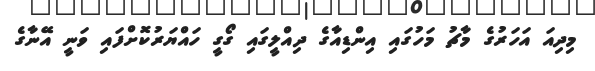
މިދިއަ އަހަރުގެ މާޗު މަހުގައި އިންޑިއާގެ ދިއްލީގައި ގޯގީ ހައްޔަރުކޮށްފައި ވަނީ އޭނާގެ